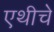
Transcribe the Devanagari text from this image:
एथीचे